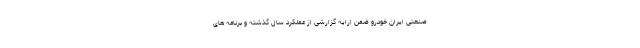
صنعتی ایران خودرو ضمن ارایه گزارشی از عملکرد سال گذشته و برنامه های